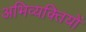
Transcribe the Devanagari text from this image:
अभिव्यक्‍तियों